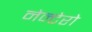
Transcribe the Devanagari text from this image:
नेन्टेरो